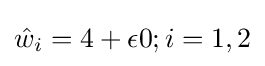
{\hat {w}}_{i}=4+\epsilon 0;i=1,2